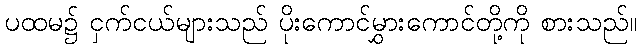
ပထမ၌ ငှက်ငယ်များသည် ပိုးကောင်မွှားကောင်တို့ကို စားသည်။